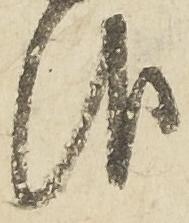
報